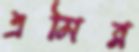
এমির